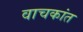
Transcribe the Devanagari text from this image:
वाचकांत